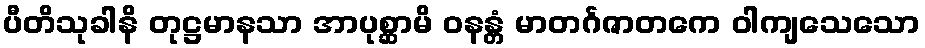
ပီတိသုခါနိ တုဋ္ဌမာနသာ အာပုစ္ဆာမိ ဝနန္တံ မာတင်္ဂဇာတကေ ဝါကျသေသော